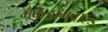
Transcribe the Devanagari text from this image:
मैकडोनवाल्ड